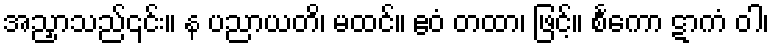
အညှာသည်၎င်း။ န ပညာယတိ၊ မထင်။ ဧဝံ တထာ၊ ဖြင့်။ စင်္ကော ဋာကံ ဝါ၊